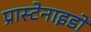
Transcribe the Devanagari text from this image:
प्रास्टेनाइडों